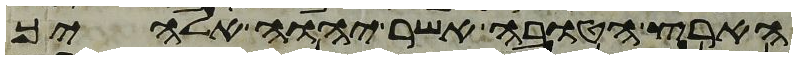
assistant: הארץ הטובה אשר יהוה אלהיך